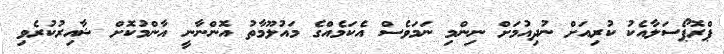
ޕްރޮޕޯސަލާއެކު ކުރިއަށް ނުދިއުމަށް ނިންމި ނަމަވެސް އެކަމެއްގެ މައުލޫމާތު އޮންނާނީ އާންމުކޮށް ޝާއިރުކުރެވި